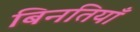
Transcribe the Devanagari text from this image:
बिनतियाँ